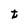
Character: t